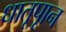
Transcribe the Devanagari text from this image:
धातूपाून